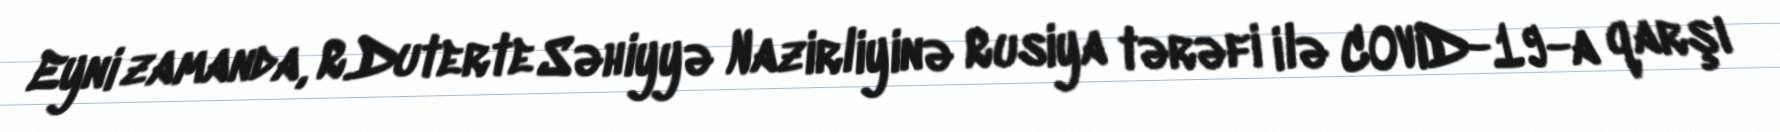
Eyni zamanda, R.Duterte Səhiyyə Nazirliyinə Rusiya tərəfi ilə COVID-19-a qarşı